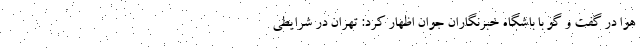
هوا در گفت و گو با باشگاه خبرنگاران جوان اظهار کرد: تهران در شرایطی